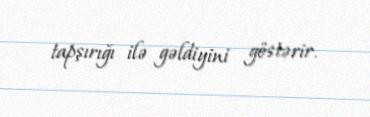
tapşırığı ilə gəldiyini göstərir.